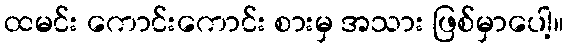
ထမင်း ကောင်းကောင်း စားမှ အသား ဖြစ်မှာပေါ့။